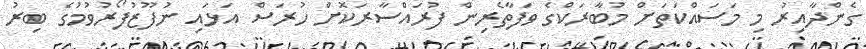
ގެންދާއިރު މި މަސައްކަތަށް މުބާރަކްގެ ވަފާތެރިން ފުރައްސާރަކޮށް ހުރަސް އަޅައި ނުފޫޒުފޯރުވުމުގެ ބިރު